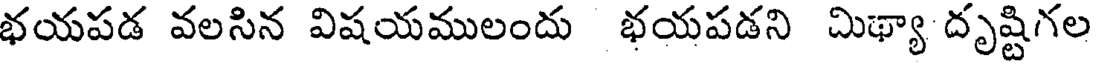
భయపడ వలసిన విషయములందు భయపడని మిథ్యా దృష్టిగల